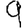
Digit: 9